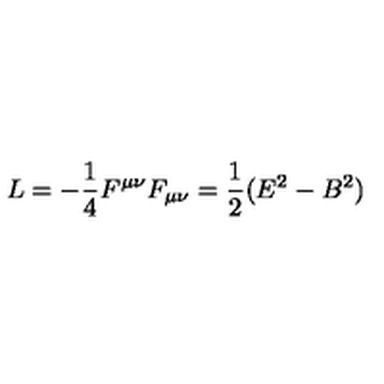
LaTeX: L = - \frac { 1 } { 4 } F ^ { \mu \nu } F _ { \mu \nu } = \frac { 1 } { 2 } ( E ^ { 2 } - B ^ { 2 } )